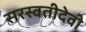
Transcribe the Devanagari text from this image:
सरस्वतीदेवी